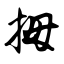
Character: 拇